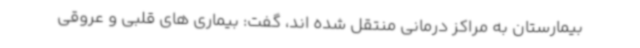
بیمارستان به مراکز درمانی منتقل شده اند، گفت: بیماری های قلبی و عروقی